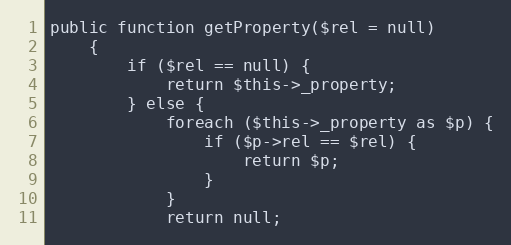
Language: PHP
public function getProperty($rel = null)
    {
        if ($rel == null) {
            return $this->_property;
        } else {
            foreach ($this->_property as $p) {
                if ($p->rel == $rel) {
                    return $p;
                }
            }
            return null;